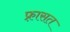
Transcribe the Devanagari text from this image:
फ़्रासत